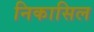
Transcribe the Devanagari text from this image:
निकासिल